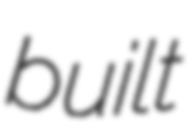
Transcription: built